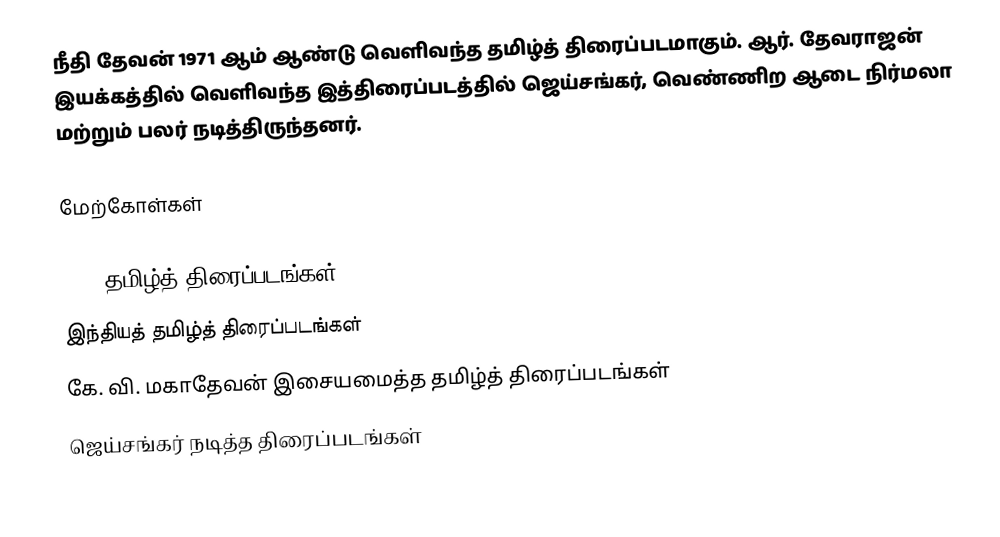
நீதி தேவன் 1971 ஆம் ஆண்டு வெளிவந்த தமிழ்த் திரைப்படமாகும். ஆர். தேவராஜன் இயக்கத்தில் வெளிவந்த இத்திரைப்படத்தில் ஜெய்சங்கர், வெண்ணிற ஆடை நிர்மலா மற்றும் பலர் நடித்திருந்தனர்.

மேற்கோள்கள்

1971 தமிழ்த் திரைப்படங்கள்
இந்தியத் தமிழ்த் திரைப்படங்கள்
கே. வி. மகாதேவன் இசையமைத்த தமிழ்த் திரைப்படங்கள்
ஜெய்சங்கர் நடித்த திரைப்படங்கள்